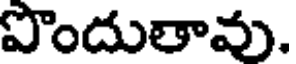
పొందుతావు.